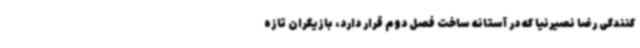
کنندگی رضا نصیرنیا که در آستانه ساخت فصل دوم قرار دارد، بازیگران تازه